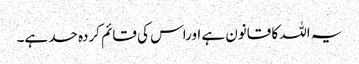
یہ اللہ کا قانون ہے اوراس کی قائم کردہ حد ہے۔